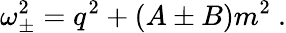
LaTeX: \omega_{\pm}^{2}=q^{2}+(A\pm B)m^{2}\ .